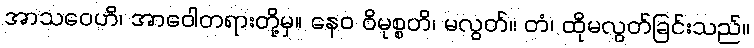
အာသဝေဟိ၊ အာဝေါတရားတို့မှ။ နေဝ ဝိမုစ္စတိ၊ မလွတ်။ တံ၊ ထိုမလွတ်ခြင်းသည်။